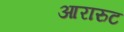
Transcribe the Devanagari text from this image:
आरारुट